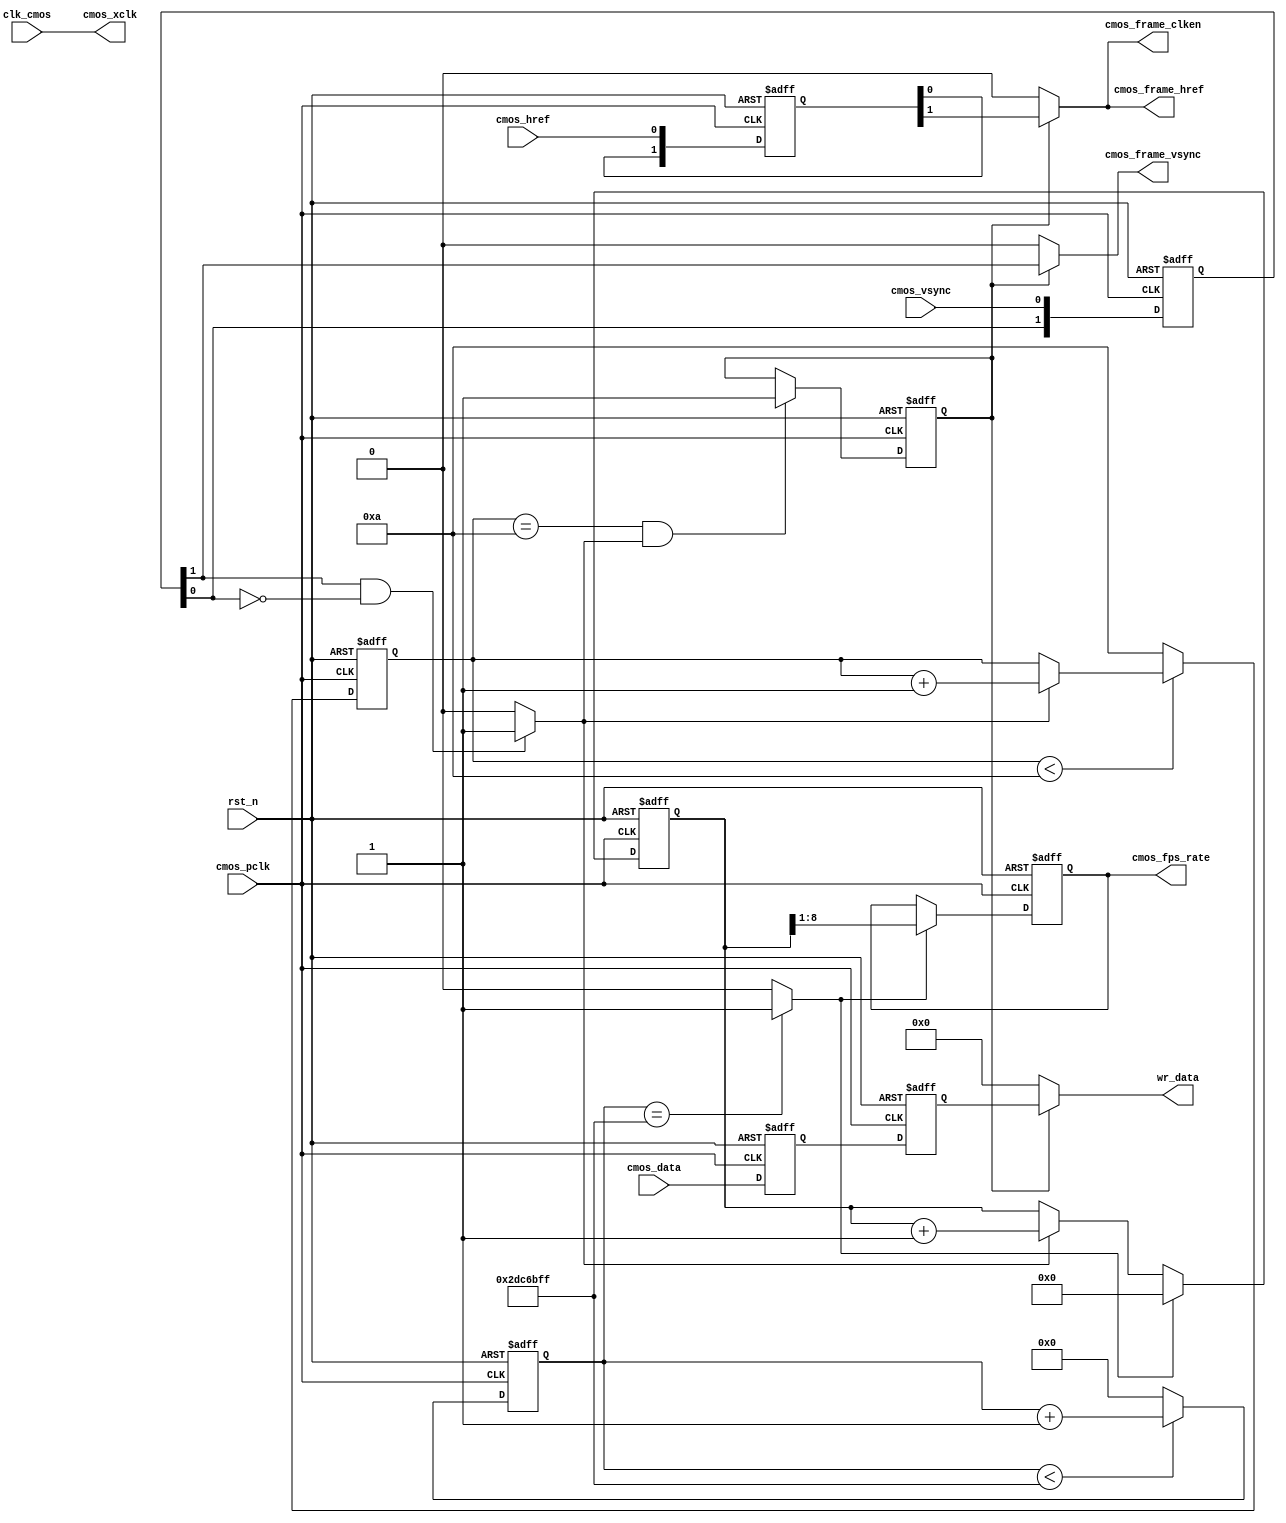
`timescale 1ns/1ns
module cmos_capture_raw_gray
#(
	parameter	CMOS_FRAME_WAITCNT	=	4'd10  //
															
)
(
	//global clock
	input		clk_cmos,			           //
	input		rst_n,				           //

	//CMOS Sensor Interface
	input		cmos_pclk,			           //
	output		cmos_xclk,			           //
	input		cmos_vsync,			           //
	input		cmos_href,					   //
	input [7:0]	cmos_data,					   //
	
	//CMOS SYNC Data output
    output		cmos_frame_vsync,			   //
    output		cmos_frame_href,			   //
    output[7:0]wr_data,			           //	
    output		cmos_frame_clken,			   //
	
	//user interface
	output reg[7:0]	cmos_fps_rate				   //
);

//parameter define   
localparam	DELAY_TOP = 2 * 24_000000;	//2s delay

//reg define
reg	[27:0]	delay_cnt;
reg		    frame_sync_flag;
reg	[3:0]	cmos_fps_cnt;
reg	[1:0]	cmos_vsync_r, cmos_href_r;
reg	[7:0]	cmos_data_r0, cmos_data_r1;
reg	[8:0]	cmos_fps_cnt2;

//wire define
wire        cmos_vsync_end;
wire        delay_2s;
wire [7:0]  cmos_frame_data;

//*****************************************************
//**                    main code
//*****************************************************   

assign	cmos_vsync_end 		= 	(cmos_vsync_r[1] & ~cmos_vsync_r[0]) ? 1'b1 : 1'b0;	
assign	cmos_xclk = clk_cmos;	//24MHz CMOS XCLK output
assign	cmos_frame_clken = frame_sync_flag  ? cmos_href_r[1] : 1'b0;
assign	cmos_frame_vsync = frame_sync_flag  ? cmos_vsync_r[1] : 1'b0;//DFF 2 clocks
assign	cmos_frame_href  = frame_sync_flag ? cmos_href_r[1] : 1'b0;	//DFF 2 clocks
assign	cmos_frame_data	 = frame_sync_flag  ? cmos_data_r1 : 8'd0;	//DFF 2 clocks
assign	delay_2s = (delay_cnt == DELAY_TOP - 1'b1) ? 1'b1 : 1'b0;
assign	wr_data = cmos_frame_data;
//assign  wr_data = {cmos_frame_data[7:3],cmos_frame_data[7:2],cmos_frame_data[7:3]};

always@(posedge cmos_pclk or negedge rst_n)begin
	if(!rst_n)
		begin
		cmos_vsync_r <= 0;
		cmos_href_r <= 0;
		cmos_data_r0 <= 8'd0;
		cmos_data_r1 <= 8'd0;
		end
	else
		begin
		cmos_vsync_r <= {cmos_vsync_r[0], cmos_vsync};
		cmos_href_r <= {cmos_href_r[0], cmos_href};
		cmos_data_r0 <= cmos_data;
		cmos_data_r1 <= cmos_data_r0;
//		{cmos_data_r1, cmos_data_r0} <= {cmos_data_r0, cmos_data};
		end
end

//Wait for Sensor output Data valid 10 Frame of OmniVision
always@(posedge cmos_pclk or negedge rst_n)begin
	if(!rst_n)
		cmos_fps_cnt <= 0;
	else	//Wait until cmos init complete
		begin
		if(cmos_fps_cnt < CMOS_FRAME_WAITCNT)	
			cmos_fps_cnt <= cmos_vsync_end ? cmos_fps_cnt + 1'b1 : cmos_fps_cnt;
		else
			cmos_fps_cnt <= CMOS_FRAME_WAITCNT;
		end
end

//Come ture frame synchronization to ignore error frame or has not capture when vsync begin
always@(posedge cmos_pclk or negedge rst_n)begin
	if(!rst_n)
		frame_sync_flag <= 0;
	else if(cmos_fps_cnt == CMOS_FRAME_WAITCNT && cmos_vsync_end == 1)
		frame_sync_flag <= 1;
	else
		frame_sync_flag <= frame_sync_flag;
end

//Delay 2s for cmos fps counter
always@(posedge cmos_pclk or negedge rst_n)begin
	if(!rst_n)
		delay_cnt <= 0;
	else if(delay_cnt < DELAY_TOP - 1'b1)
		delay_cnt <= delay_cnt + 1'b1;
	else
		delay_cnt <= 0;
end

//cmos image output rate counter
always@(posedge cmos_pclk or negedge rst_n)begin
	if(!rst_n)
		begin
		cmos_fps_cnt2 <= 0;
		cmos_fps_rate <= 0;
		end
	else if(delay_2s == 1'b0)	//time is not reached
		begin
		cmos_fps_cnt2 <= cmos_vsync_end ? cmos_fps_cnt2 + 1'b1 : cmos_fps_cnt2;
		cmos_fps_rate <= cmos_fps_rate;
		end
	else	//time up
		begin
		cmos_fps_cnt2 <= 0;
		cmos_fps_rate <= cmos_fps_cnt2[8:1];	//divide by 2
		end
end

endmodule